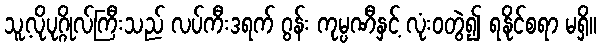
သူ့လိုပုဂ္ဂိုလ်ကြီးသည် လပ်ကီးဒရက် ဂွန်း ကုမ္ပဏီနှင့် လုံးဝတွဲ၍ ရနိုင်စရာ မရှိ။